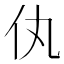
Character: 𬽦